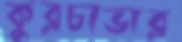
কুরচাভার